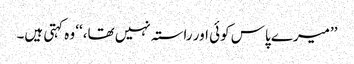
’’میرے پاس کوئی اور راستہ نہیں تھا،‘‘ وہ کہتی ہیں۔